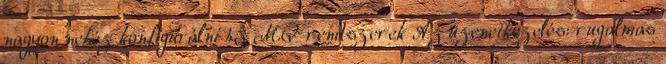
nagyon nehéz konfigurálni 45 MQ rendszerek Az üzenetkezelés: rugalmas